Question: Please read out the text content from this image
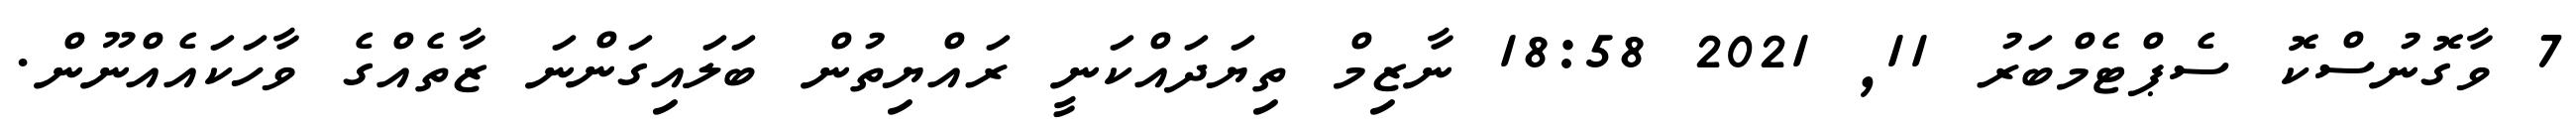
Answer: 7 ވާގޮނުސްކޮ ސެޕްޓެމްބަރު 11, 2021 18:58 ނާޒިމް ތިޔަދައްކަނީ ރައްޔިތުން ބަލައިގަންނަ ޒާތެއްގެ ވާހަކައެއްނޫން.